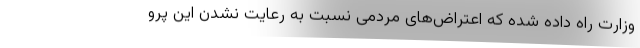
وزارت راه داده شده که اعتراض‌های مردمی نسبت به رعایت نشدن این پرو